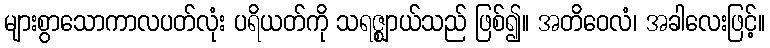
များစွာသောကာလပတ်လုံး ပရိယတ်ကို သရဇ္ဈာယ်သည် ဖြစ်၍။ အတိဝေလံ၊ အခါလေးဖြင့်။